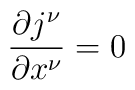
\frac{\partial j^{\nu}}{\partial x^{\nu}} = 0